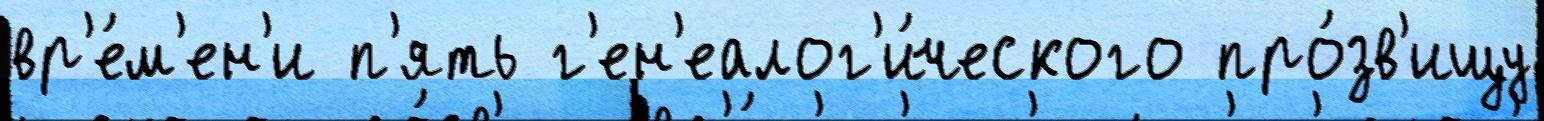
вр'е́м'ен'и п'ять г'ен'еалог'и́ческого про́зв'ищу